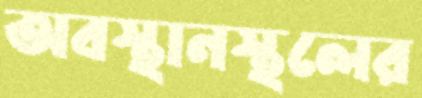
অবস্থানস্থলের